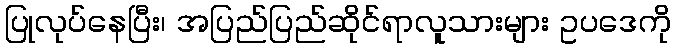
ပြုလုပ်နေပြီး၊ အပြည်ပြည်ဆိုင်ရာလူသားများ ဥပဒေကို